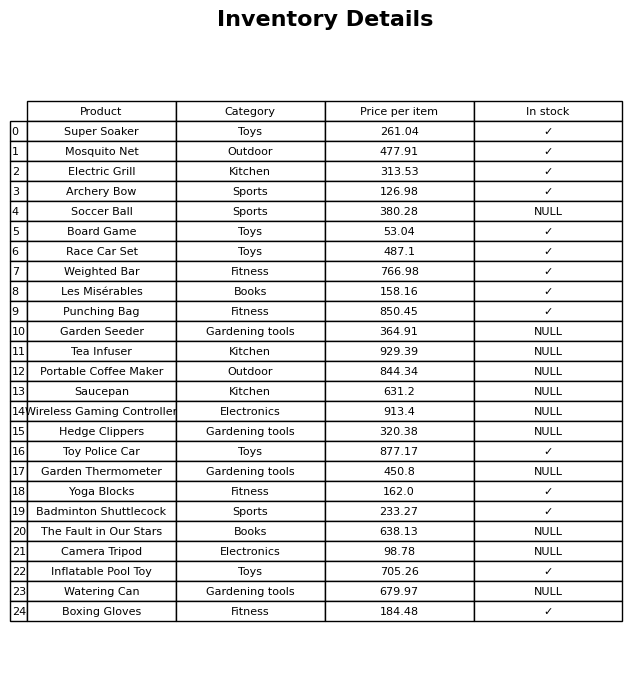
question: What is the price for Garden Thermometer?
answer: The price of Garden Thermometer is 450.8.